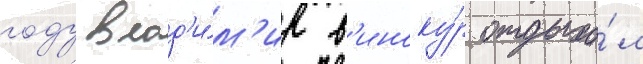
году влад'и́м'ир в'иноку́р отдыха́л